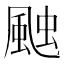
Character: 𮨩